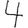
Digit: 4